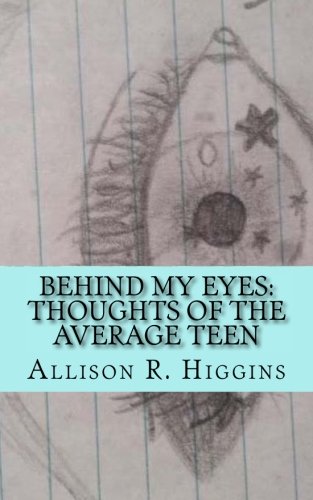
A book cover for Behind my eyes: thoughts of the average teen: thoughts of the average teen; Allison Higgins; Teen & Young Adult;